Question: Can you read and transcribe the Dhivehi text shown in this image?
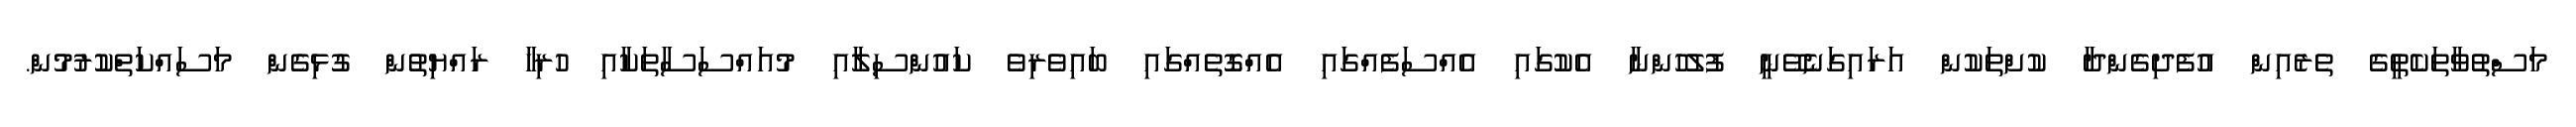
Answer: މަސްތުވާތަކެތީގެ ތެރެއިން އުފެދިގެންދާ ކުށްތަކުން އަރައިގަނެވޭނީ ފުލުހުންނާ އެކުގައި އެއްސަފެއްގައި އެއްގޮތެއްގައި ބައިވެރިވެ ކައުންސިލާއި މުއައްސަސާތަކާއި ހުރިހާ ރައްޔިތުން ގުޅިގެން މަސައްކަތްކުރުމުން.